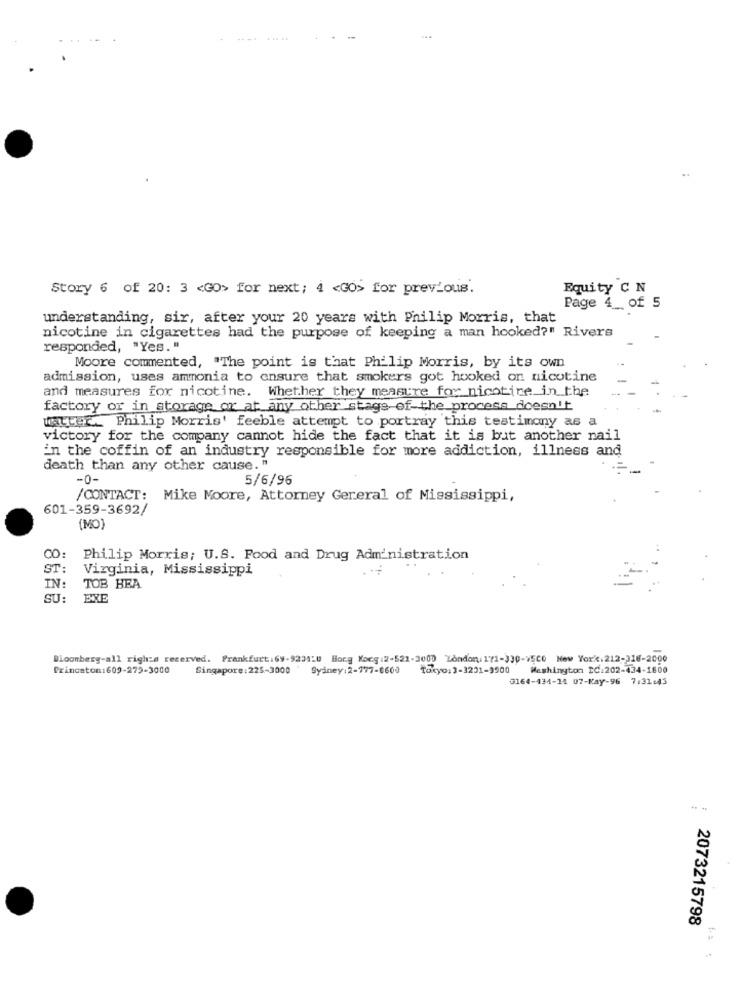
Story 6 of 20: 3 <GO> for next; 4 <GO> for previous.
Equity C N
Page 4 _ of 5
understanding, sir, after your 20 years with Philip Morris, that
nicotine in cigarettes had the purpose of keeping a man hooked?" Rivers
responded, "Yes. "
Moore commented, "The point is that Philip Morris, by its own
admission, uses ammonia to ensure that smokers got hooked on nicotine
and measures for nicotine. Whether they measure for nicotine in the
factory or in storage or at any other stage of the process doesn't
watter. Philip Morris' feeble attempt to portray this testimony as a
victory for the company cannot hide the fact that it is but another nail
in the coffin of an industry responsible for more addiction, illness and
death than any other cause. "
-0-
5/6/96
CONTACT: Mike Moore, Attorney Gereral of Mississippi,
601-359-3692/
(MO)
CO:
Philip Morris; U.S. Food and Drug Administration
ST:
Virginia, Mississippi
IN:
TOB BEA
SU:
EXE
Bloomberg-all rights reserved. Frankfurt:69-923410 Hong Kong:2-522-3000 London: 171-330-75CO New York.212-318-2000
Princeton:609-279-3000
Singapore: 225-3000 *
Sydney:2-777-0600
Tokyo: 3-3231-9900
Washington DC:202-434-1800
3164-434-14 07-Kay-96 7:31:43
2073215798